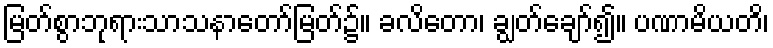
မြတ်စွာဘုရားသာသနာတော်မြတ်၌။ ခလိတော၊ ချွတ်ချော်၍။ ပဏာမိယတိ၊